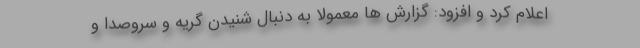
اعلام کرد و افزود: گزارش ها معمولاً به دنبال شنیدن گریه و سروصدا و